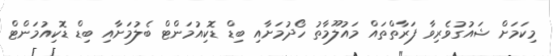
މިކަމަށް ޝައުގުވެރިވާ ފަރާތްތައް މައުލޫމާތު ހޯދުމަށާއި ބިޑް ޑޮކިއުމަންޓް ބެލުމަށާއި ބިޑް ޑޮކިއުމަންޓް